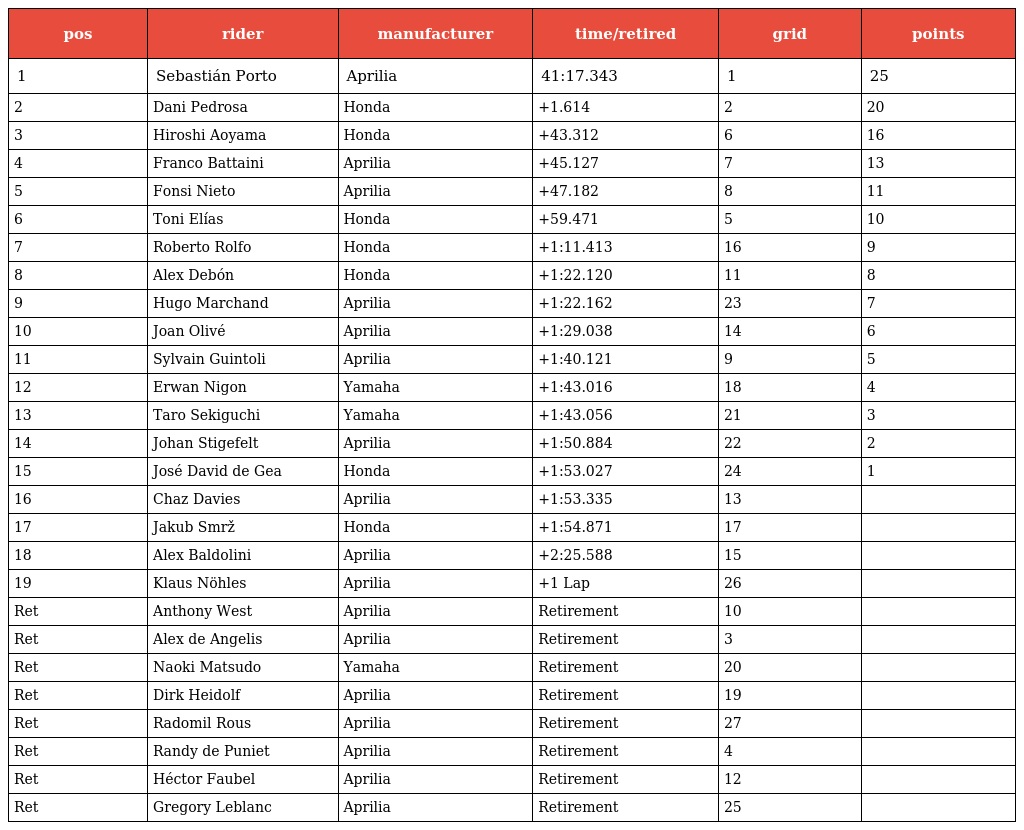
| pos | rider | manufacturer | time/retired | grid | points |
 | --- | --- | --- | --- | --- | --- |
 | 1 | Sebastián Porto | Aprilia | 41:17.343 | 1 | 25 |
 | 2 | Dani Pedrosa | Honda | +1.614 | 2 | 20 |
 | 3 | Hiroshi Aoyama | Honda | +43.312 | 6 | 16 |
 | 4 | Franco Battaini | Aprilia | +45.127 | 7 | 13 |
 | 5 | Fonsi Nieto | Aprilia | +47.182 | 8 | 11 |
 | 6 | Toni Elías | Honda | +59.471 | 5 | 10 |
 | 7 | Roberto Rolfo | Honda | +1:11.413 | 16 | 9 |
 | 8 | Alex Debón | Honda | +1:22.120 | 11 | 8 |
 | 9 | Hugo Marchand | Aprilia | +1:22.162 | 23 | 7 |
 | 10 | Joan Olivé | Aprilia | +1:29.038 | 14 | 6 |
 | 11 | Sylvain Guintoli | Aprilia | +1:40.121 | 9 | 5 |
 | 12 | Erwan Nigon | Yamaha | +1:43.016 | 18 | 4 |
 | 13 | Taro Sekiguchi | Yamaha | +1:43.056 | 21 | 3 |
 | 14 | Johan Stigefelt | Aprilia | +1:50.884 | 22 | 2 |
 | 15 | José David de Gea | Honda | +1:53.027 | 24 | 1 |
 | 16 | Chaz Davies | Aprilia | +1:53.335 | 13 |  |
 | 17 | Jakub Smrž | Honda | +1:54.871 | 17 |  |
 | 18 | Alex Baldolini | Aprilia | +2:25.588 | 15 |  |
 | 19 | Klaus Nöhles | Aprilia | +1 Lap | 26 |  |
 | Ret | Anthony West | Aprilia | Retirement | 10 |  |
 | Ret | Alex de Angelis | Aprilia | Retirement | 3 |  |
 | Ret | Naoki Matsudo | Yamaha | Retirement | 20 |  |
 | Ret | Dirk Heidolf | Aprilia | Retirement | 19 |  |
 | Ret | Radomil Rous | Aprilia | Retirement | 27 |  |
 | Ret | Randy de Puniet | Aprilia | Retirement | 4 |  |
 | Ret | Héctor Faubel | Aprilia | Retirement | 12 |  |
 | Ret | Gregory Leblanc | Aprilia | Retirement | 25 |  |